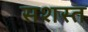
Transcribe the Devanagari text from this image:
सशस्त